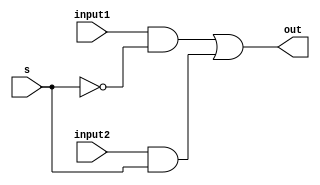
module mux2x1(out,input1,input2,s);

output out;
input input1,input2,s;

wire not_s,and1,and2;

not (not_s,s);
and (and1,input1,not_s);
and (and2,input2,s);

or (out,and1,and2);

endmodule